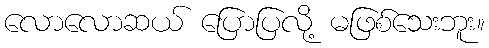
လောလောဆယ် ပြောပြလို့ မဖြစ်သေးဘူး။